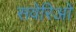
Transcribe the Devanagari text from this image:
सवेरिओ